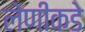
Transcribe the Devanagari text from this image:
लेणीकडे